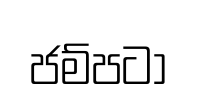
ජම්පටා